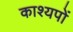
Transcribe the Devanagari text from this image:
काश्यपों